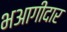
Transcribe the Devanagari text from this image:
भआगीदार